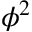
\phi ^ { 2 }